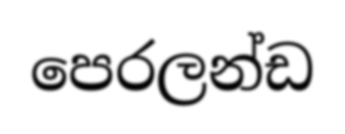
පෙරලන්ඩ